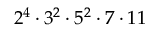
2 ^ { 4 } \cdot 3 ^ { 2 } \cdot 5 ^ { 2 } \cdot 7 \cdot 1 1